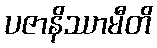
ပဇာနိဿာမီတိ